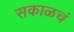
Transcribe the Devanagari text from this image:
सकाळचं